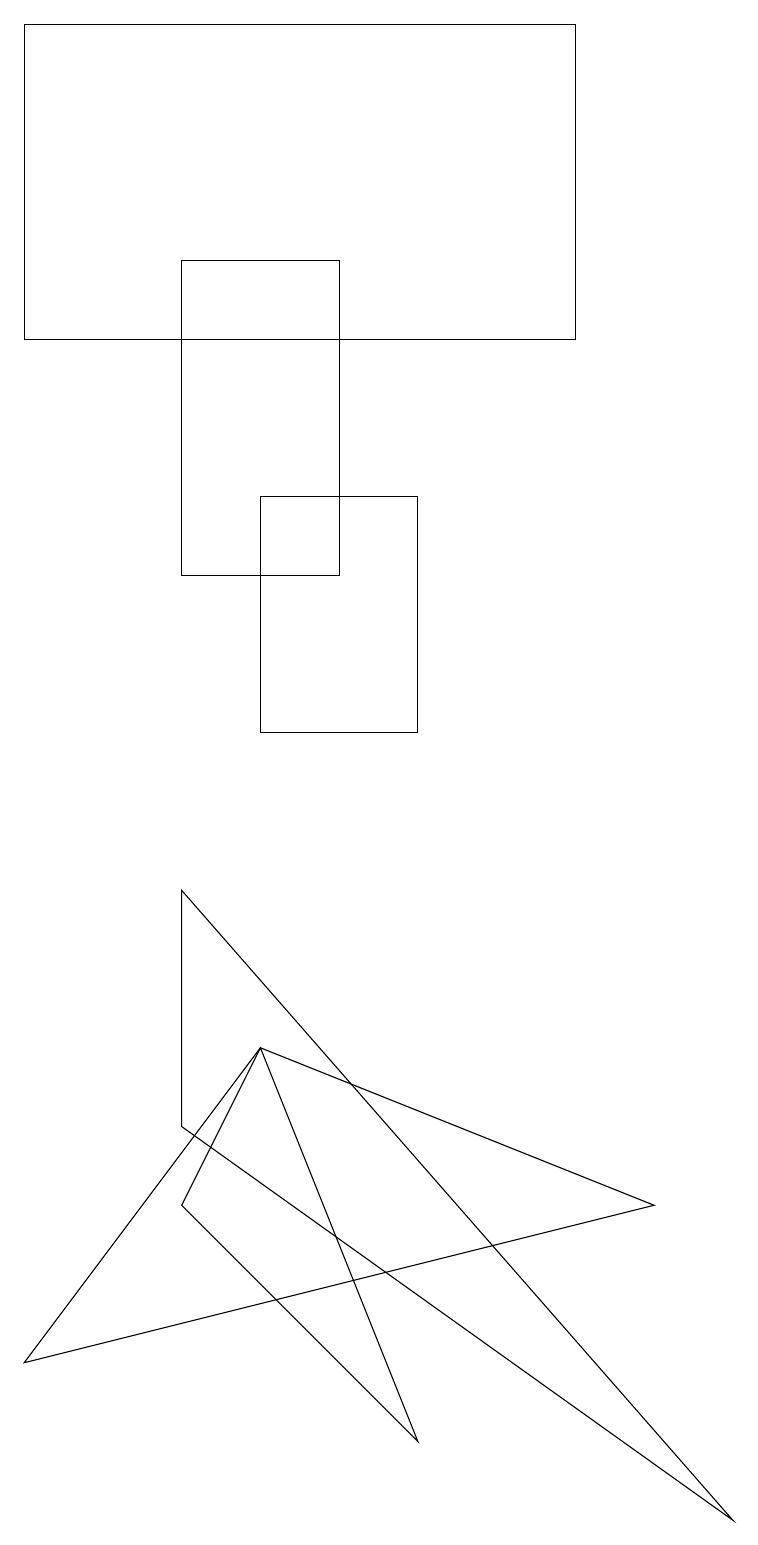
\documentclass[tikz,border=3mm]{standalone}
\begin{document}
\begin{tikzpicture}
\draw (5,13) rectangle (3,10);
\draw (8,4) -- (3,6) -- (0,2) -- cycle;
\draw (2,4) -- (3,6) -- (5,1) -- cycle;
\draw (2,16) rectangle (4,12);
\draw (0,19) rectangle (7,15);
\draw (9,0) -- (2,8) -- (2,5) -- cycle;
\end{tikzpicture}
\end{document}